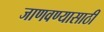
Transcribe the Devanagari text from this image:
जाणवण्यासाठी